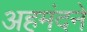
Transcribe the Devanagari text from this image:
अहमंदने